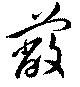
蔽